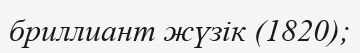
бриллиант жүзік (1820);